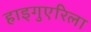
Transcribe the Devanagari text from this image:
हाइगुएरिला